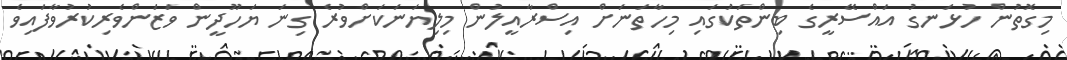
މިގޮތުން ހުޅަނގު އައްސޭރީގެ ބިންތަކުގައި މިހާތަނަށް އިސްރާއީލުން މިލިޔަނަކަށްވުރެ ގިނަ ޔަހޫދީން ވަޒަންވެރިކުރުވާފައިވެ